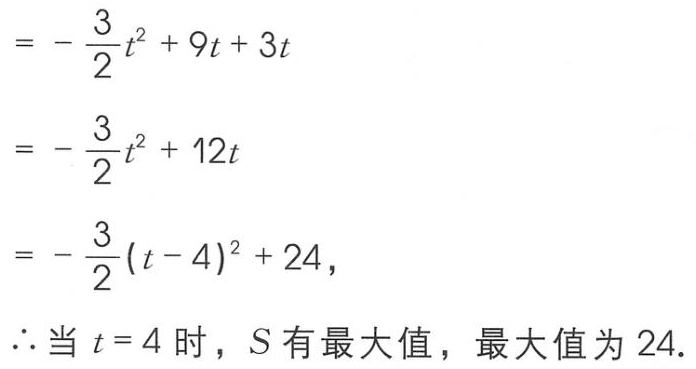
\[
\begin{align*}
&=-\frac{3}{2}t^{2}+9t + 3t\\
&=-\frac{3}{2}t^{2}+12t\\
&=-\frac{3}{2}(t - 4)^{2}+24,\\
\end{align*}
\]
\(\therefore\) 当 \(t = 4\) 时，\(S\) 有最大值，最大值为 \(24\).